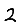
Digit: 2